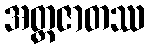
အတ္ထဇာတဿ